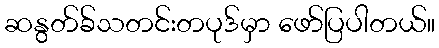
ဆနွတ်ခ်သတင်းတပုဒ်မှာ ဖော်ပြပါတယ်။